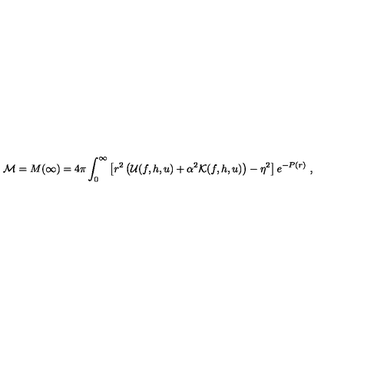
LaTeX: { \cal M } = M ( \infty ) = 4 \pi \int _ { 0 } ^ { \infty } \left[ r ^ { 2 } \left( { \cal U } ( f , h , u ) + \alpha ^ { 2 } { \cal K } ( f , h , u ) \right) - \eta ^ { 2 } \right] e ^ { - P ( r ) } \ ,